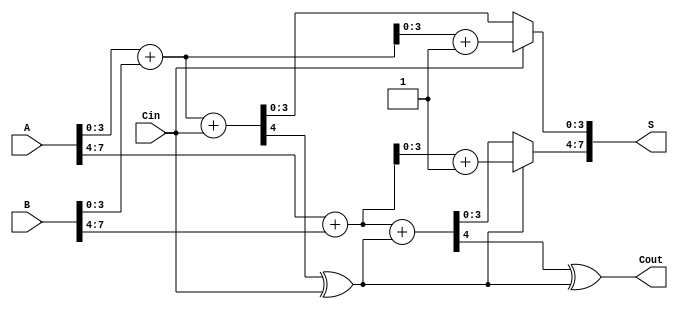
module RCCS_Adder #(
    parameter N = 8, // Bit-width of the adder
    parameter GROUP_SIZE = 4 // Size of each group
)(
    input [N-1:0] A, // First operand
    input [N-1:0] B, // Second operand
    input Cin, // Carry-in
    output [N-1:0] S, // Sum output
    output Cout // Carry-out
);

    // Number of groups
    localparam NUM_GROUPS = N / GROUP_SIZE;

    // Internal wires for carry and sum
    wire [GROUP_SIZE-1:0] S0 [NUM_GROUPS-1:0]; // Sums when Cin = 0
    wire [GROUP_SIZE-1:0] S1 [NUM_GROUPS-1:0]; // Sums when Cin = 1
    wire [NUM_GROUPS-1:0] C0; // Carry-out when Cin = 0
    wire [NUM_GROUPS-1:0] C1; // Carry-out when Cin = 1
    wire [NUM_GROUPS:0] C; // Carry chain

    // Generate carries
    assign C[0] = Cin; // Initial carry-in

    // Generate sum and carry for each group
    generate
        genvar i;
        for (i = 0; i < NUM_GROUPS; i = i + 1) begin : group
            wire [GROUP_SIZE-1:0] A_group = A[i*GROUP_SIZE +: GROUP_SIZE];
            wire [GROUP_SIZE-1:0] B_group = B[i*GROUP_SIZE +: GROUP_SIZE];

            // Full adders for Cin = 0
            assign {C0[i], S0[i]} = A_group + B_group + C[i];

            // Full adders for Cin = 1
            assign {C1[i], S1[i]} = A_group + B_group + 1'b1;

            // Carry-out for the next group
            assign C[i + 1] = C0[i] ^ (C[i] & 1'b1); // Carry propagation
        end
    endgenerate

    // Select the appropriate sum and carry based on the carry-in
    generate
        for (i = 0; i < NUM_GROUPS; i = i + 1) begin : mux
            assign S[i*GROUP_SIZE +: GROUP_SIZE] = C[i] ? S1[i] : S0[i];
            assign Cout = C0[NUM_GROUPS-1] ^ (C[NUM_GROUPS-1] & 1'b1);
        end
    endgenerate

endmodule